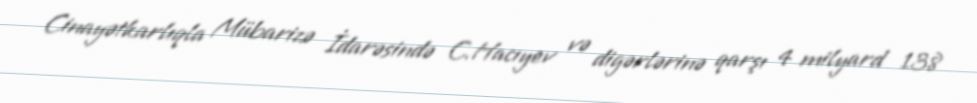
Cinayətkarlıqla Mübarizə İdarəsində C.Hacıyev və digərlərinə qarşı 4 milyard 138